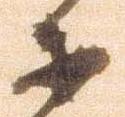
等